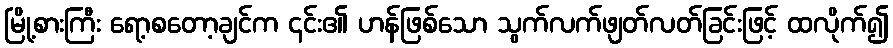
မြို့စားကြီး ရော့စတော့ချင်က ၎င်း၏ ဟန်ဖြစ်သော သွက်လက်ဖျတ်လတ်ခြင်းဖြင့် ထလိုက်၍